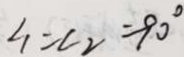
\angle _ { 1 } = \angle 2 = 9 0 ^ { \circ }